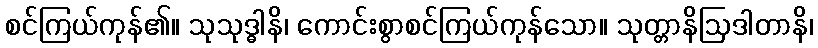
စင်ကြယ်ကုန်၏။ သုသုဒ္ဓါနိ၊ ကောင်းစွာစင်ကြယ်ကုန်သော။ သုတ္တာနိဩဒါတာနိ၊